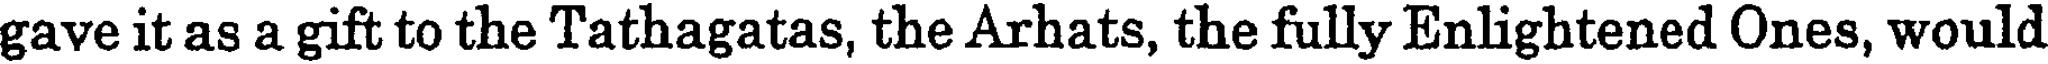
gave it as a gift to the Tathagatas, the Arhats, the fully Enlightened Ones, would